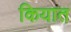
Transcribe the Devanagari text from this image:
कियात